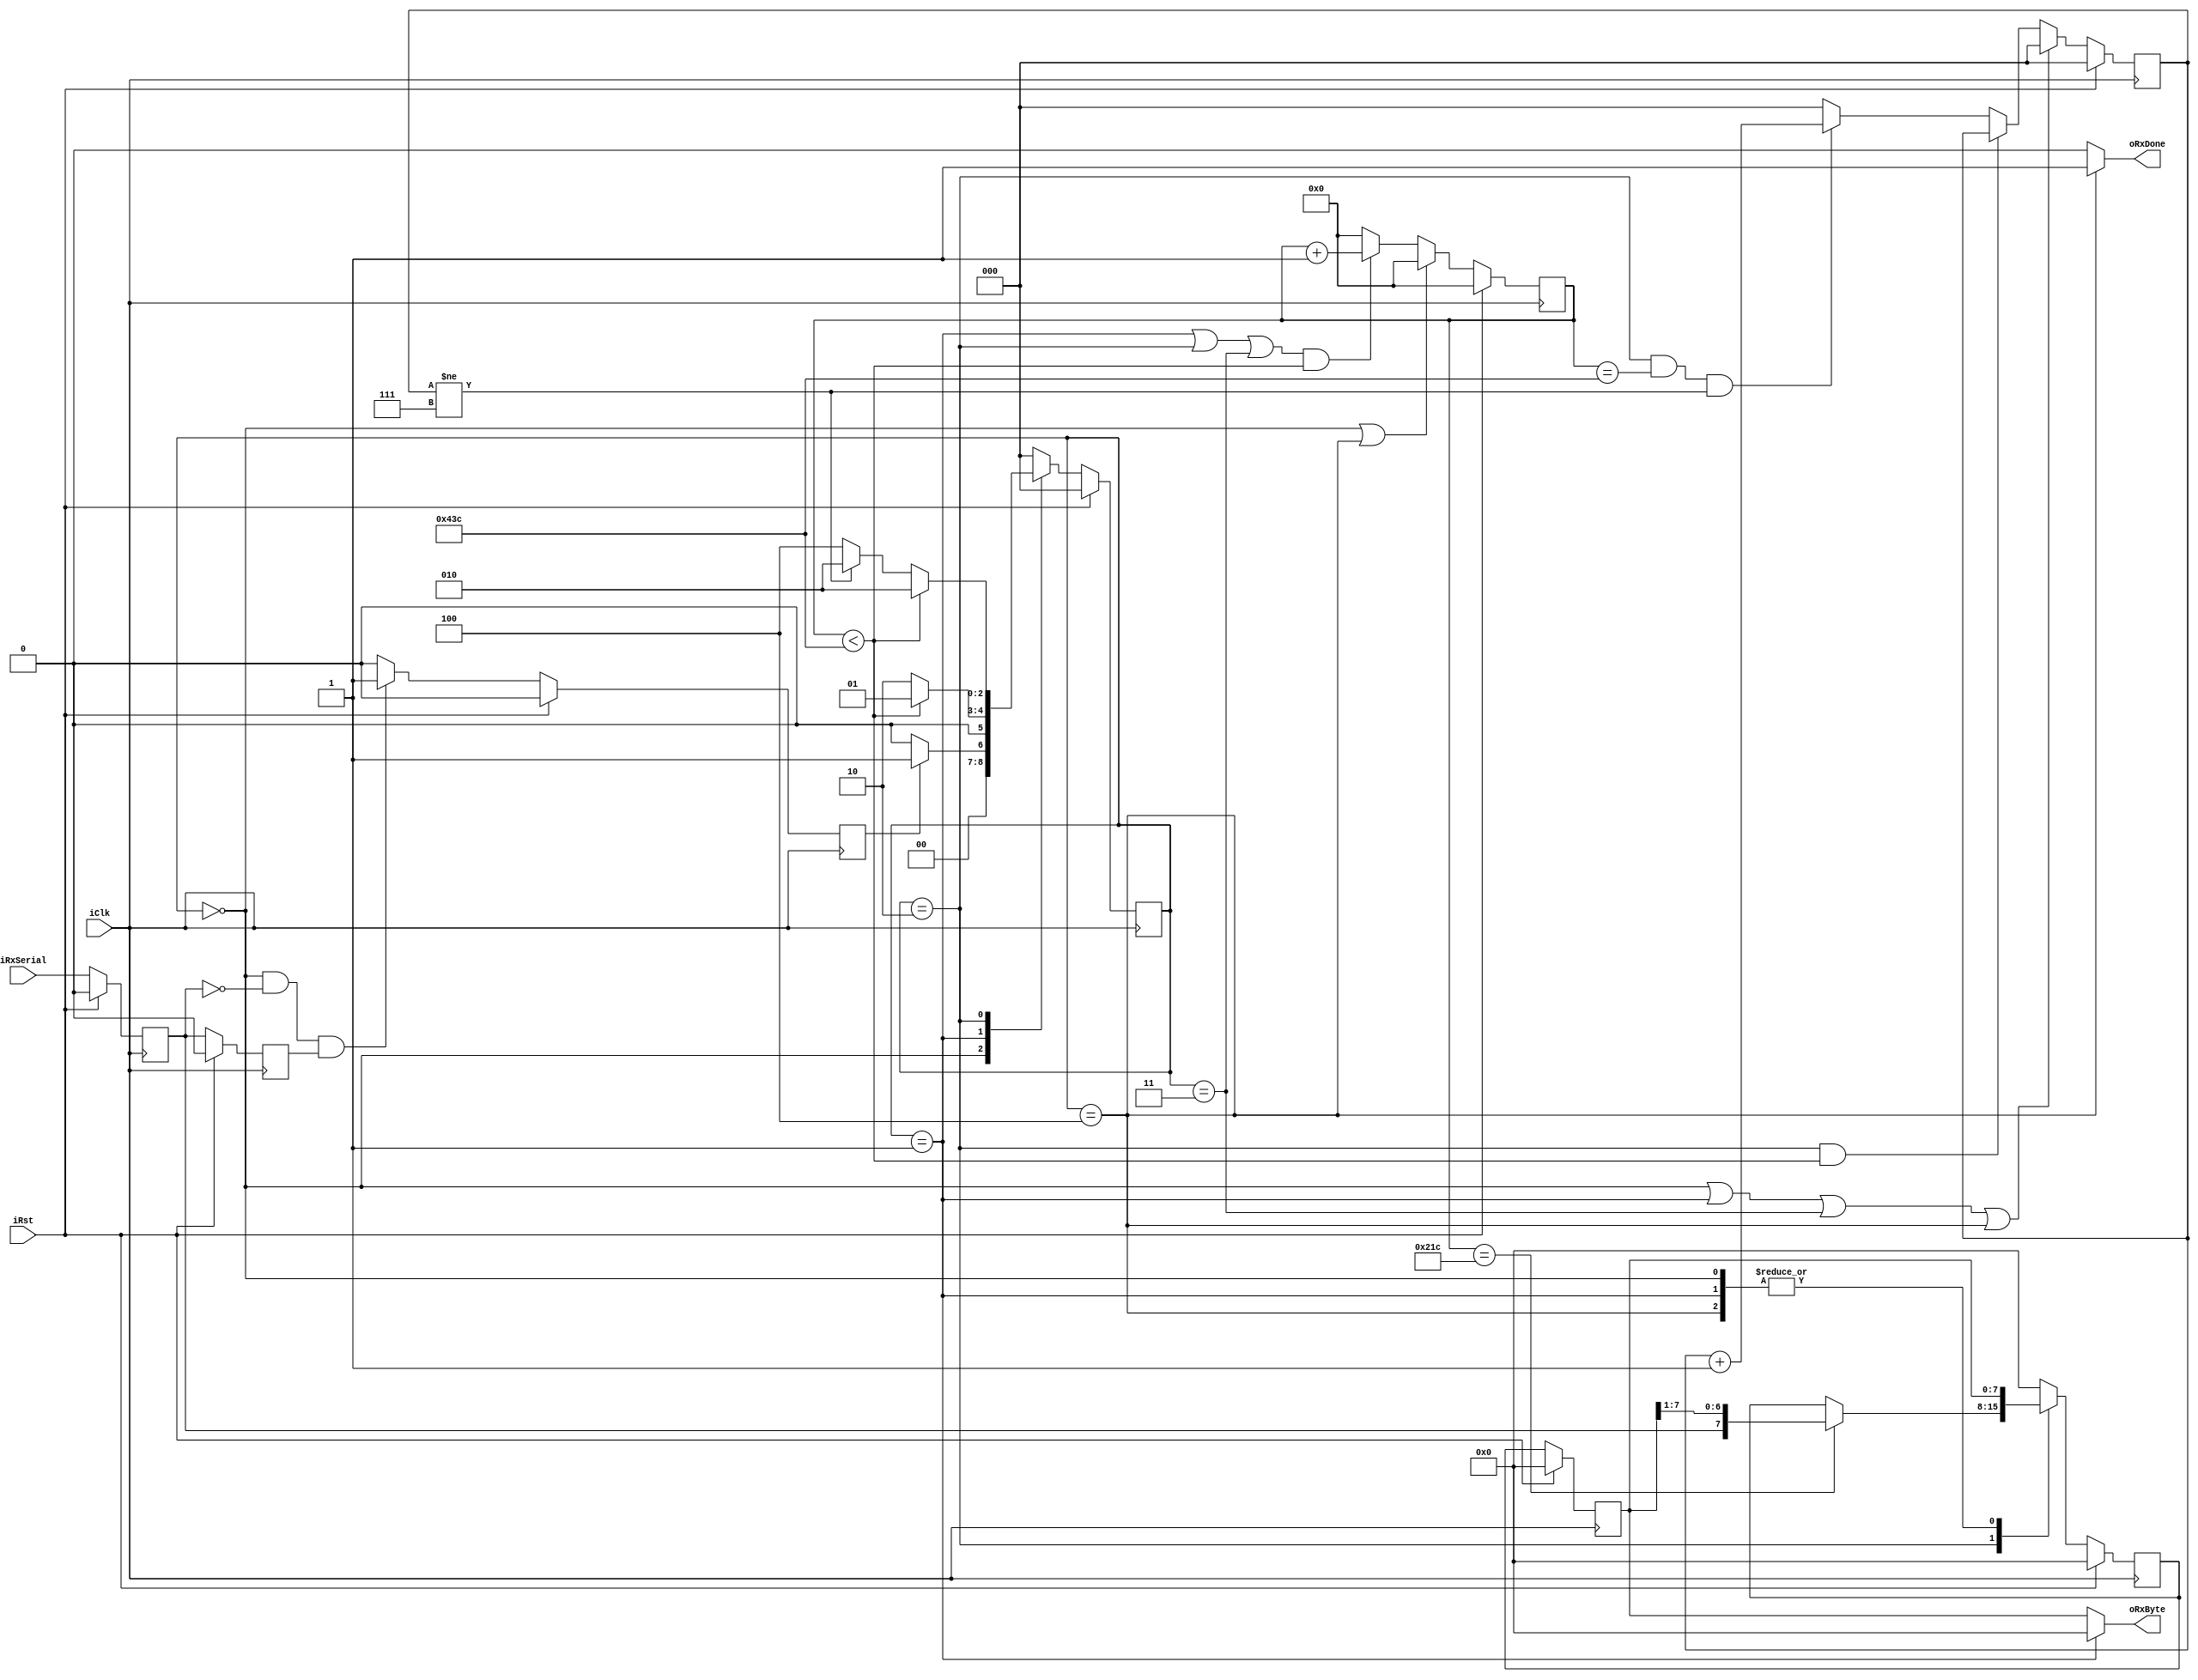
`timescale 1ns / 1ps

module uart_rx #(
  parameter   CLK_FREQ      = 125_000_000,
  parameter   BAUD_RATE     = 115_200,
  // Example: 125 MHz Clock / 115200 baud UART -> CLKS_PER_BIT = 1085 
  parameter   CLKS_PER_BIT  = CLK_FREQ / BAUD_RATE
)
(
  input wire        iClk, iRst,
  input wire        iRxSerial,
  output wire [7:0] oRxByte, 
  output wire       oRxDone
);

  // State definition  
  localparam sIDLE         = 3'b000;
  localparam sRX_START     = 3'b001;
  localparam sRX_DATA      = 3'b010;
  localparam sRX_STOP      = 3'b011;
  localparam sDONE         = 3'b100;
  
  // Register variables required to drive the FSM
  //---------------------------------------------
  // Remember:  -> 'current' is the register output
  //            -> 'next' is the register input
  
  // -> FSM state
  reg [2:0] rFSM_Current, wFSM_Next; 
  
  // -> counter to keep track of the clock cycles
  reg [$clog2(CLKS_PER_BIT):0]   rCnt_Current;
    
  // -> counter to keep track of sent bits
  // (between 0 and 7)
  reg [2:0] rBit_Current;
  
  // Double-register the input wire to prevent metastability issues
  reg rRx1, rRx2;
  
//  reg [7:0] data_reg;
  reg [7:0] rRxData_Current, wRxData_Next;  
  reg RxStart;

    always @(posedge iClk) begin
        if(iRst == 1) begin
            rFSM_Current <= sIDLE;
            rRxData_Current <= 0;
            rRx1 <= 0;
            rRx2 <= 0;
        end
        else begin
            rFSM_Current <= wFSM_Next;
            rRxData_Current <= wRxData_Next;
            rRx1 <= iRxSerial;
            rRx2 <= rRx1;
        end
    end
    
    always @(posedge iClk) begin
        if(iRst == 1)
            rCnt_Current <= 0;
        else if((rFSM_Current == sIDLE)||(rFSM_Current == sDONE))
            rCnt_Current <= 0;
        else if(((rFSM_Current == sRX_START)||(rFSM_Current == sRX_DATA)||(rFSM_Current == sRX_STOP))&&(rCnt_Current < (CLKS_PER_BIT - 1)))
            rCnt_Current <= rCnt_Current + 1;
        else
            rCnt_Current <= 0;
    end
    
    always @(posedge iClk) begin
        if(iRst == 1)
            rBit_Current <= 0;
        else if((rFSM_Current == sIDLE)||(rFSM_Current == sRX_START)||(rFSM_Current == sRX_STOP)||(rFSM_Current == sDONE))
            rBit_Current <= 0;
        else if((rFSM_Current == sRX_DATA)&&(rCnt_Current < (CLKS_PER_BIT - 1)))
            rBit_Current <= rBit_Current;
        else if((rFSM_Current == sRX_DATA)&&(rCnt_Current == (CLKS_PER_BIT - 1))&&(rBit_Current != 7))
            rBit_Current <= rBit_Current + 1;
        else
            rBit_Current <= 0;
    end
    
//    always @(posedge iClk) begin
//        if(iRst == 1)
//            data_reg <= 0;
//        else
//            case(rFSM_Current)
//                sIDLE:     data_reg <= data_reg;
//                sRX_START: data_reg <= data_reg;
//                sRX_DATA:
//                    if(rCnt_Current == ((CLKS_PER_BIT >> 1) - 1))
//                        case(rBit_Current)
//                            0: data_reg[0] <= rRx1;
//                            1: data_reg[1] <= rRx1;
//                            2: data_reg[2] <= rRx1;
//                            3: data_reg[3] <= rRx1;
//                            4: data_reg[4] <= rRx1;
//                            5: data_reg[5] <= rRx1;
//                            6: data_reg[6] <= rRx1;
//                            7: data_reg[7] <= rRx1;
//                            default: ;
//                        endcase
//                    else
//                        data_reg <= data_reg;
//                sRX_STOP:  data_reg <= data_reg;
//                sDONE:     data_reg <= data_reg;
//                default:   data_reg <= 0;
//            endcase
//        end
    always @(posedge iClk) begin
        if(iRst == 1)
            wRxData_Next <= 0;
        else
            case(rFSM_Current)
                sIDLE:     wRxData_Next <= rRxData_Current;
                sRX_START: wRxData_Next <= rRxData_Current;
                sRX_DATA:
                    if(rCnt_Current == ((CLKS_PER_BIT >> 1) - 2))
                        wRxData_Next <= {rRx1, rRxData_Current[7:1]};
                    else
                        wRxData_Next <= wRxData_Next;
//                sRX_STOP:  wRxData_Next <= rRxData_Current;
                sDONE:     wRxData_Next <= rRxData_Current;
                default:   wRxData_Next <= 0;
            endcase
    end
       
    always @(posedge iClk) begin
        if(iRst == 1)
            RxStart <= 0;
        else if((rFSM_Current == sIDLE)&&(rRx1 == 0)&&(rRx2 == 1))
            RxStart <= 1;
        else
            RxStart <= 0;    
    end
    
    always @(*) begin
        case(rFSM_Current)
            sIDLE:
                if(RxStart == 1)
                    wFSM_Next <= sRX_START;
                else
                    wFSM_Next <= sIDLE;
            sRX_START:
                if(rCnt_Current < (CLKS_PER_BIT - 1))
                    wFSM_Next <= sRX_START;
                else
                    wFSM_Next <= sRX_DATA;
            sRX_DATA:
                if(rCnt_Current < (CLKS_PER_BIT - 1))
                    wFSM_Next <= sRX_DATA;
                else if (rBit_Current != 7)
                    wFSM_Next <= sRX_DATA;
                else
                    wFSM_Next <= sDONE;
//            sRX_STOP:
//                if(rCnt_Current < (CLKS_PER_BIT - 1))
//                    wFSM_Next <= sRX_STOP;
//                else
//                    wFSM_Next <= sDONE;
            sDONE: wFSM_Next <= sIDLE;
            default: wFSM_Next <= sIDLE;
        endcase
    end
    
    reg [7:0] rRxSerial;
    always @(*) begin
        if (rFSM_Current == sRX_START)
          rRxSerial = 0;
        else if (rFSM_Current == sRX_DATA)
          rRxSerial = rRxData_Current;
        else
          rRxSerial = rRxData_Current;
    end
    
    assign oRxDone = (rFSM_Current == sDONE) ? 1 : 0;
//    assign oRxByte = data_reg;
    assign oRxByte = rRxSerial;
endmodule